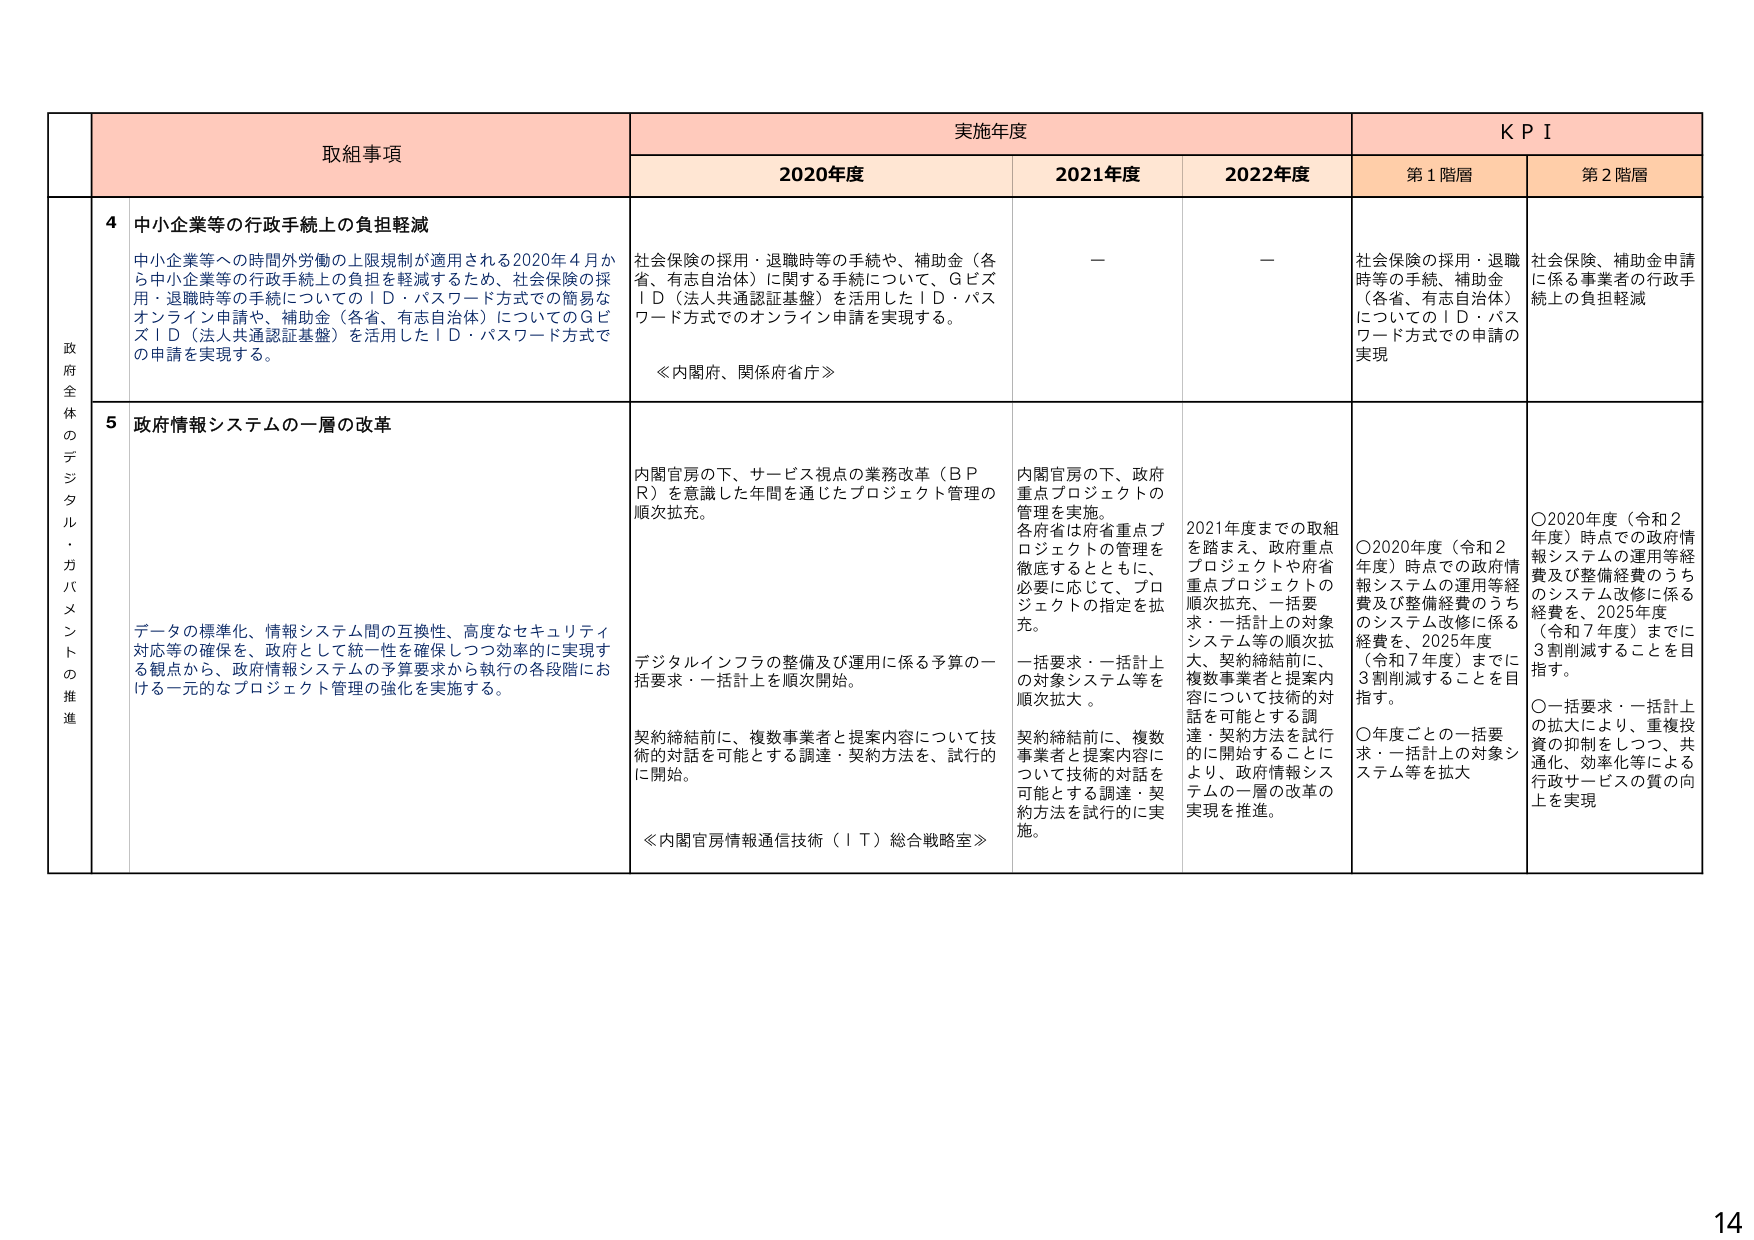
政府全体のデジタル・ガバメントの推進

取組事項

実施年度

KPI

2020年度

2021年度

2022年度

第1階層

第2階層

4 中小企業等の行政手続上の負担軽減

中小企業等への時間外労働の上限規制が適用される2020年4月から中小企業等の行政手続上の負担を軽減するため、社会保険の採用・退職時等の手続についてのＩＤ・パスワード方式での簡易なオンライン申請や、補助金（各省、有志自治体）についてのＱビズＩＤ（法人共通認証基盤）を活用したＩＤ・パスワード方式での申請を実現する。

社会保険の採用・退職時等の手続や、補助金（各省、有志自治体）に関する手続について、ＱビズＩＤ（法人共通認証基盤）を活用したＩＤ・パスワード方式でのオンライン申請を実現する。

≪内閣府、関係府省庁≫

—

—

社会保険の採用・退職時等の手続、補助金（各省、有志自治体）についてのＩＤ・パスワード方式での申請の実現

社会保険、補助金申請に係る事業者の行政手続上の負担軽減

5 政府情報システムの一層の改革

データの標準化、情報システム間の互換性、高度なセキュリティ対応等の確保を、政府として統一性を確保しつつ効率的に実現する観点から、政府情報システムの予算要求から執行の各段階における一元的なプロジェクト管理の強化を実施する。

内閣官房の下、サービス視点の業務改革（ＢＰＲ）を意識した年間を通じたプロジェクト管理の順次拡充。

デジタルインフラの整備及び運用に係る予算の一括要求・一括計上を順次開始。

契約締結前に、複数事業者と提案内容について技術的対話を可能とする調達・契約方法を、試行的に開始。

≪内閣官房情報通信技術（ＩＴ）総合戦略室≫

内閣官房の下、政府重点プロジェクトの管理を実施。各府省は府省重点プロジェクトの管理を徹底するとともに、必要に応じて、プロジェクトの指定を拡充。

一括要求・一括計上の対象システム等を順次拡大。

契約締結前に、複数事業者と提案内容について技術的対話を可能とする調達・契約方法を試行的に実施。

2021年度までの取組を踏まえ、政府重点プロジェクトや府省重点プロジェクトの順次拡充、一括要求・一括計上の対象システム等の順次拡大、契約締結前に、複数事業者と提案内容について技術的対話を可能とする調達・契約方法を試行的に開始することにより、政府情報システムの一層の改革の実現を推進。

〇2020年度（令和2年度）時点での政府情報システムの運用等経費及び整備経費のうちのシステム改修に係る経費を、2025年度（令和7年度）までに3割削減することを目指す。

〇年度ごとの一括要求・一括計上の対象システム等を拡大

〇2020年度（令和2年度）時点での政府情報システムの運用等経費及び整備経費のうちのシステム改修に係る経費を、2025年度（令和7年度）までに3割削減することを目指す。

〇一括要求・一括計上の拡大により、重複投資の抑制をしつつ、共通化、効率化等による行政サービスの質の向上を実現

14